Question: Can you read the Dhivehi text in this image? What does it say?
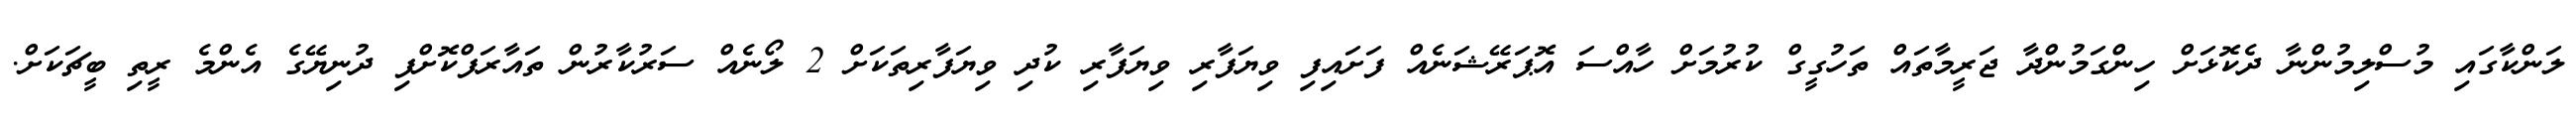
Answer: ލަންކާގައި މުސްލިމުންނާ ދެކޮޅަށް ހިންގަމުންދާ ޖަރީމާތައް ތަހުގީގް ކުރުމަށް ހާއްސަ އޮޕަރޭޝަނެއް ފަށައިފި ވިޔަފާރި ވިޔަފާރި ކުދި ވިޔަފާރިތަކަށް 2 ލޯނެއް ސަރުކާރުން ތައާރަފްކޮށްފި ދުނިޔޭގެ އެންމެ ރީތި ބީޗަކަށް.